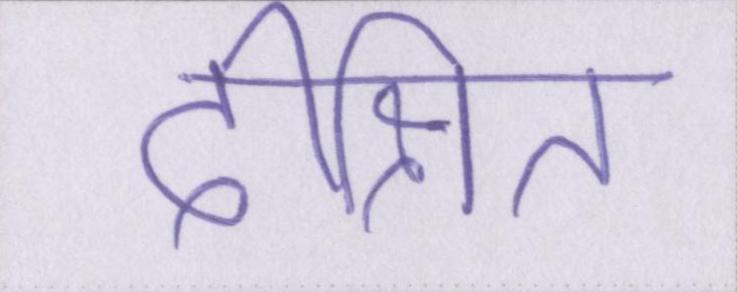
दीक्षित